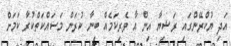
އަދި ޔުކްރޭންގައި ރަޝިޔާ އިން އާ ވެރިކަމެއް ބިނާ ކުރަން މަސައްކަތްކުރާ ކަމަށް